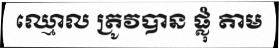
ឈ្មោល ត្រូវបាន ផ្លុំ តាម